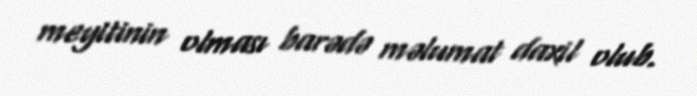
meyitinin olması barədə məlumat daxil olub.